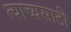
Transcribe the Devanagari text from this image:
त्याच्यसाठी